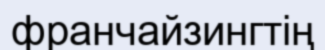
франчайзингтің